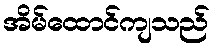
အိမ်ထောင်ကျသည်